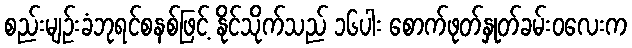
စည်းမျဉ်းခံဘုရင်စနစ်ဖြင့် နိုင်သိုက်သည် ၁၆ပါး စောက်ဖုတ်နှုတ်ခမ်းဝလေးက